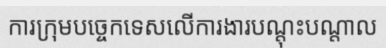
ការក្រុមបច្ចេកទេសលើការងារបណ្តុះបណ្តាល